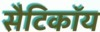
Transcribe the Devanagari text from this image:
सैटिकॉय